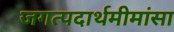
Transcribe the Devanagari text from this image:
जगत्पदार्थमीमांसा